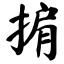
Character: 掮